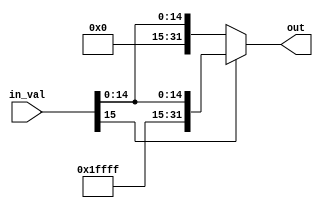
module sign_extend(input [15:0] in_val, output [31:0] out);
assign out = (in_val[15]) ? {16'b1111111111111111, in_val} : {16'b0000000000000000, in_val};
endmodule

// module test;
// reg [15:0] in_val;
// wire [31:0] out;

// sign_extend shiftl2(in_val, out);

// initial begin
//     $dumpfile("sign_extend.vcd");
//     $dumpvars(0, test);
//     #10 in_val = 16'b1000000000111110;
//     #10 in_val = 16'b0000000100001001;
// end
// endmodule